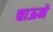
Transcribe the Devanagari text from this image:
चाऊने